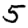
Digit: 5